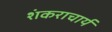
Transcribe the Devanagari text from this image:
शंकराचार्य